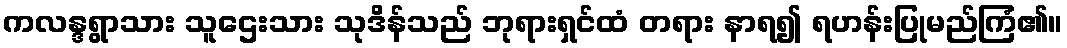
ကလန္ဒရွာသား သူဌေးသား သုဒိန်သည် ဘုရားရှင်ထံ တရား နာရ၍ ရဟန်းပြုမည်ကြံ၏။